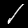
Digit: 1